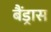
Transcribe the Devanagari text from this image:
बैंड्रास